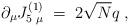
LaTeX: \begin{align*}\partial_\mu J^{(1)}_{5 \; \mu} \; = \; 2 \sqrt{N} q \; ,\end{align*}